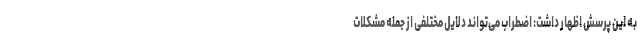
به این پرسش اظهار داشت: اضطراب می‌تواند دلایل مختلفی از جمله مشکلات